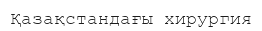
Қазақстандағы хирургия